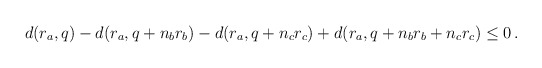
\begin{align*}d(r_a,q)-d(r_a,q+n_br_b)-d(r_a,q+n_cr_c)+d(r_a,q+n_br_b+n_cr_c)\leq0\,.\end{align*}